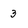
Character: 3